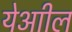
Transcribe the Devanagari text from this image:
येआील